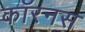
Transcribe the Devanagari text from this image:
कॉरनस